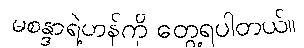
မစန္ဒာရဲ့ဟန်ကို တွေ့ရပါတယ်။